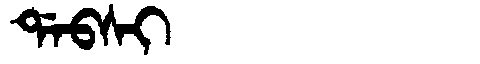
Manchu: ᡩᠠᠪᠰᡳ
Romanization: DABSI